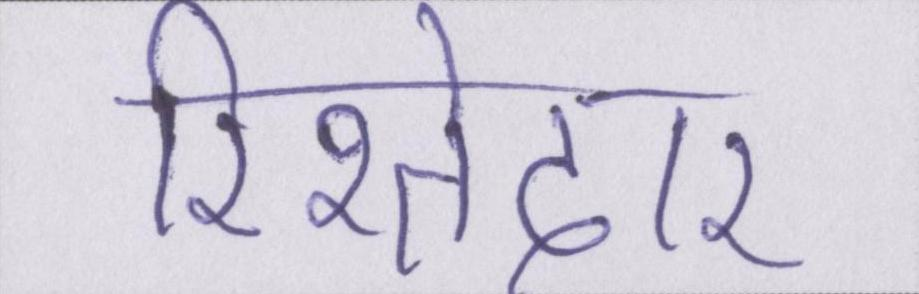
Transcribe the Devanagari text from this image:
रिश्तेदार